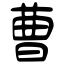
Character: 曹